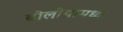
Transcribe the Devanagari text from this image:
बोलोग्नामध्ये